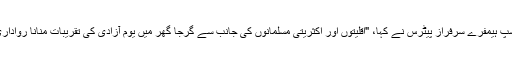
ڈائیوسس آف پشاور -- چرچ آف پاکستان کے بشپ ہیمفرے سرفراز پیٹرس نے کہا، "اقلیتوں اور اکثریتی مسلمانوں کی جانب سے گرجا گھر میں یومِ آزادی کی تقریبات منانا رواداری اور بین المذاہب قبولیت کا ایک پیغام دیتا ہے۔